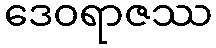
ဒေဝရာဇဿ